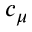
c _ { \mu }